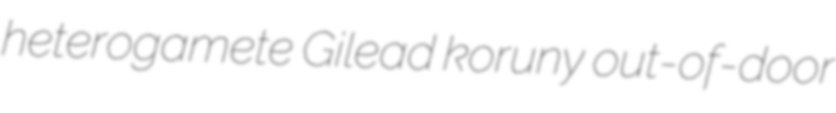
heterogamete Gilead koruny out-of-door